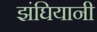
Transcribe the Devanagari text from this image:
झंघियानी